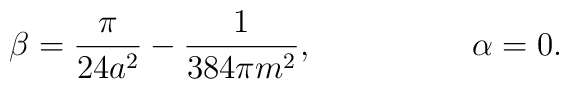
\beta=\frac{\pi}{24a^2}-\frac{1}{384\pi m^{2}},      \hspace{2cm}  \alpha=0.